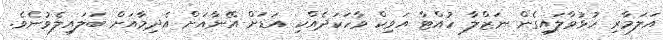
އަލަމާރި ހުޅުވާލައިގެން ނަޒްލާ ހުއްޓާ އަވިކް ވާހަކަދެއްކި އަޑަށް އޭނާއަށް އެދިމާއަށް ބަަލައިލެވުނެވެ.